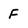
Character: F